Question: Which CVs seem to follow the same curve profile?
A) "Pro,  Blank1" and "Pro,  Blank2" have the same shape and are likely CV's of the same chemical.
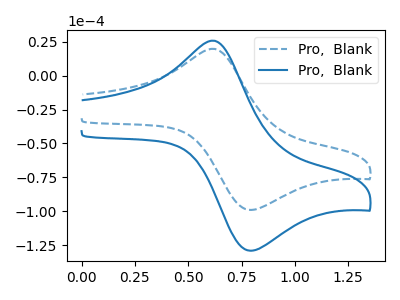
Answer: <think>The blue dashed curve "Pro,  Blank1" has an anodic peak at (0.60V, 19.80uA) and a cathodic peak at (0.80V, -99.15uA). The blue curve "Pro,  Blank2" has an anodic peak at (0.60V, 25.80uA) and a cathodic peak at (0.80V, -129.25uA).
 All the peaks in "Pro,  Blank1" have a peak in "Pro,  Blank2" at the same potential. Every peak in "Pro,  Blank1" is lower than every peak in "Pro,  Blank2".</think>
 <answer>A) "Pro,  Blank1" and "Pro,  Blank2" have the same shape and are likely CV's of the same chemical.</answer>
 <eval>A</eval>